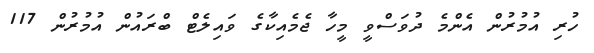
ހުރި އުމުރުން އެންމެ ދުވަސްވީ މީހާ ޖެމެއިކާގެ ވައިލެޓް ބްރައުން އުމުރުން 117